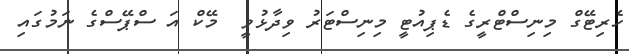
ހެރިޓޭގް މިނިސްޓްރީގެ ޑެޕިއުޓީ މިނިސްޓަރު ވިދާޅުވީ  މޭކް އަ ސްޕޭސްގެ ނަމުގައި